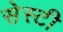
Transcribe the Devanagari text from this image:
सेस्टी